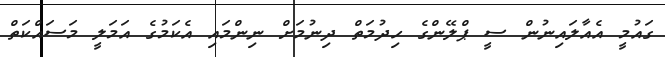
ގައުމީ އެއާލައިނުން ސީ ޕްލޭންގެ ހިދުމަތް ދިނުމަށް ނިންމައި އެކަމުގެ އަމަލީ މަސައްކަތް